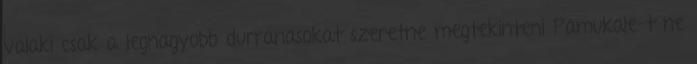
valaki csak a legnagyobb durranasokat szeretne megtekinteni Pamukale-t ne